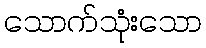
သောက်သုံးသော